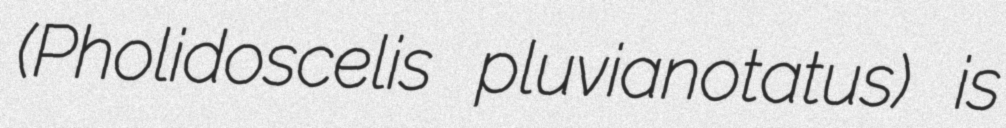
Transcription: (Pholidoscelis pluvianotatus) is